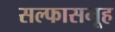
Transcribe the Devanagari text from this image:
सल्फासमूह